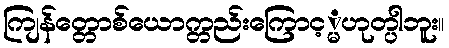
ကျြန်တ္တောစ်ယောက္တည်းကြောင့္မဟုတ္ပါဘူး။